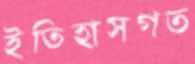
ইতিহাসগত